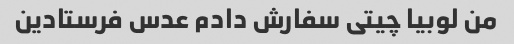
من لوبیا چیتی سفارش دادم عدس فرستادین